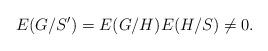
LaTeX: \begin{align*}E(G/S') = E(G/H)E(H/S) \neq 0.\end{align*}